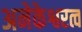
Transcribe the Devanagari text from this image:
अनेकेश्वरत्व